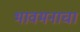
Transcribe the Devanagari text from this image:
भावमनाचा